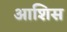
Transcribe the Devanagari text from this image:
आशिस